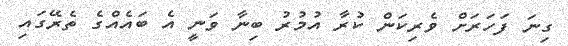
ގިނަ ފަހަރަށް ވެރިކަން ކުރާ އުމުރު ބިނާ ވަނީ އެ ބައެއްގެ ތެރޭގައި